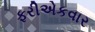
ફરીએકવાર